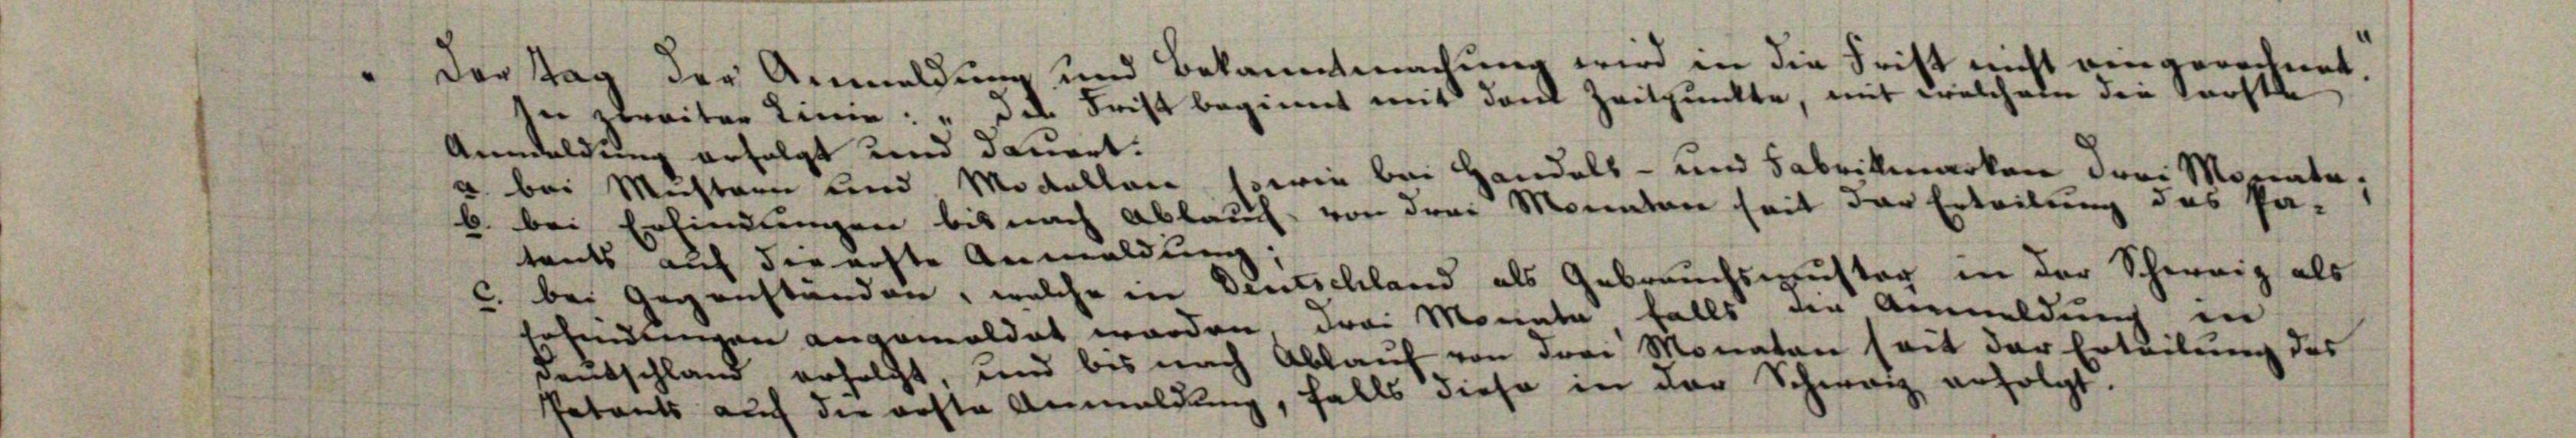
Der Tag der Anmeldung und Bekanntmachung wird in die
n streiter Linie: " des Frist beginnt mit dem Zeitpunk
Anwaldung erfolgt und dauert.
" bei Mustern und Modallen, sowie bei Handels- und Fabrikmarken drei Mozent
b. bei Erfindungen bis nach Ablauch, von drei Monaten seit der Erteilung das Pr

a
d
rit
st

tants auf de
Deutschland als Gebrauchsmuster
c. bei Gerich
falls
n
¬
e

ste Anmeldung.

au, welche